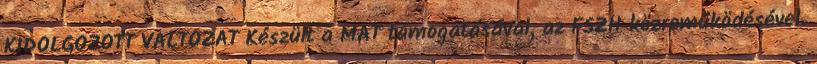
KIDOLGOZOTT VÁLTOZAT Készült a MAT támogatásával, az FSZH közreműködésével.